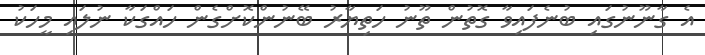
އެ ގާނޫނުގައި ބުނެފައިވާ ގޮތުން ތޫނު ހަތިޔާރު ބޭނުންކޮށްގެން ހައްގަކާ ނުލައި މީހަކު